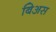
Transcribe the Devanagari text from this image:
बिअस